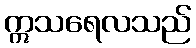
ဣသရေလသည်